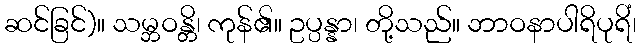
ဆင်ခြင်)။ သမ္ဘဝန္တိ၊ ကုန်၏။ ဥပ္ပန္နာ၊ တို့သည်။ ဘာဝနာပါရိပုရိံ၊